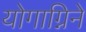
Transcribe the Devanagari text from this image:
योगाग्निने